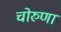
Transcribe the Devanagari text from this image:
चोरुणा